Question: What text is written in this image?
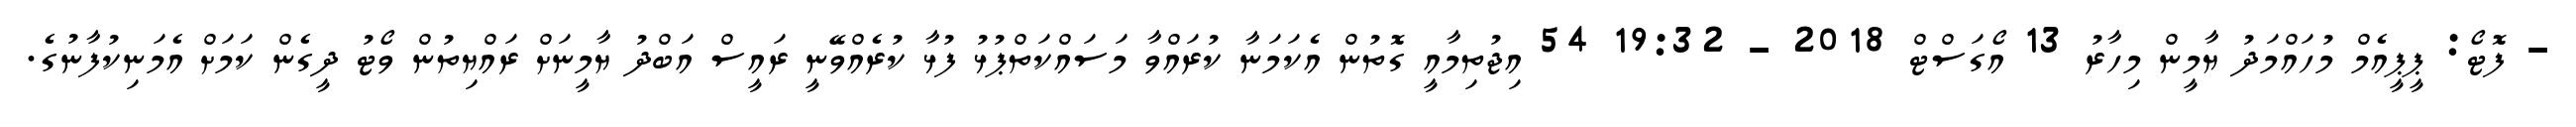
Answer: - ފޮޓޯ: ޕީޕީއެމް މުހައްމަދު ޔާމީން މިހާރު 13 އޯގަސްޓް 2018 - 19:32 54 އިޖުތިމާއީ ގޮތުން އެކަމަނާ ކުރައްވާ މަސައްކަތްޕުޅު ފުޅާ ކުރެއްވޭނީ ރައީސް އަބްދު ޔާމީނަށް ރައްޔިތުން ވޯޓު ދީގެން ކަމަށް އެމަނިކުފާނުގެ.